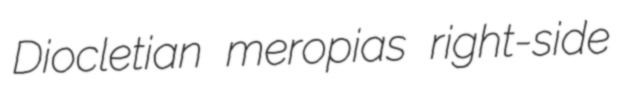
Diocletian meropias right-side